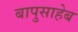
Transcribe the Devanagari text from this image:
बापुसाहेब